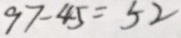
9 7 - 4 5 = 5 2